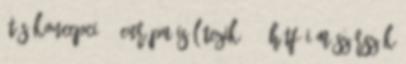
ütős koncepció 8 Európa is létezik 475 hétfői mészárszék